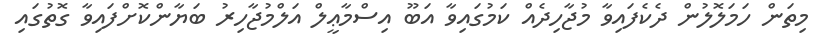
މިތަން ހަމަލޮލުން ދެކެފައިވާ މުޖާހިދެއް ކަމުގައިވާ އަބޫ އިސްމާޢީލް އަލްމުޖާހިރު ބަޔާންކޮށްފައިވާ ގޮތުގައި